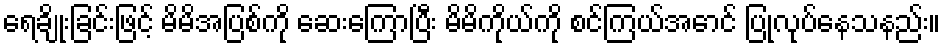
ရေချိုးခြင်းဖြင့် မိမိအပြစ်ကို ဆေးကြောပြီး မိမိကိုယ်ကို စင်ကြယ်အောင် ပြုလုပ်နေသနည်း။